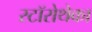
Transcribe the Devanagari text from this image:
स्टॉरोथेका